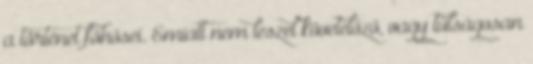
a történet főhősei. Emiatt nem leszel követelőző, vagy túlságosan